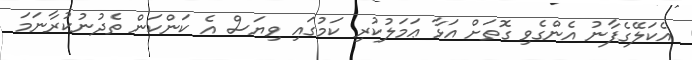
އެކަލޭގެފާނު އެންގެވި ގޮތަށް އަޅާ ޢަމަލުކުރި ކަމުގައި ވިޔަސް އެ ކަންކަން ތެދުނުކުރާނަމަ